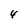
Character: 4